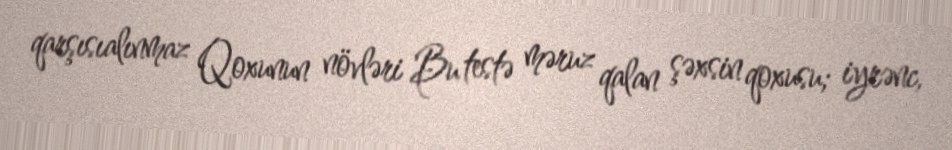
qarşısıalınmaz Qoxunun növləri Bu testə məruz qalan şəxsin qoxusu; iyrənc,